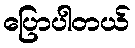
ပြောပါတယ်